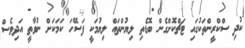
ކުދި ސްކްރީންތަކުގައި ޓަޗްކޮށްގެން ބޮޑެތި ލިޔުންތައް ލިޔުމަކީ ފަސޭހަ ކަމަކަށް ނުވާތީ އަދިވެސް